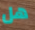
هل